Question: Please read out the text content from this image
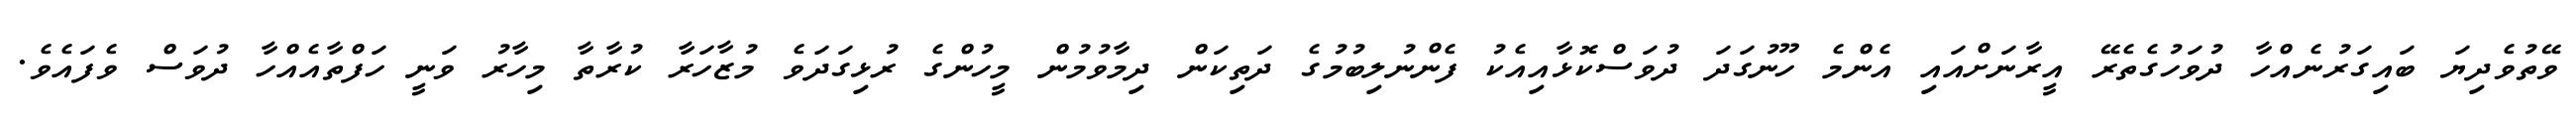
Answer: ވޭތުވެދިޔަ ބައިގަރުނެއްހާ ދުވަހުގެތެރޭ އީރާނަށްއައި އެންމެ ހޫނުގަދަ ދުވަސްކޮޅާއިއެކު ފެންނުލިބުމުގެ ދަތިކަން ދިމާވުމުން މީހުންގެ ރުޅިގަދަވެ މުޒާހަރާ ކުރާތާ މިހާރު ވަނީ ހަފްތާއެއްހާ ދުވަސް ވެފައެވެ.